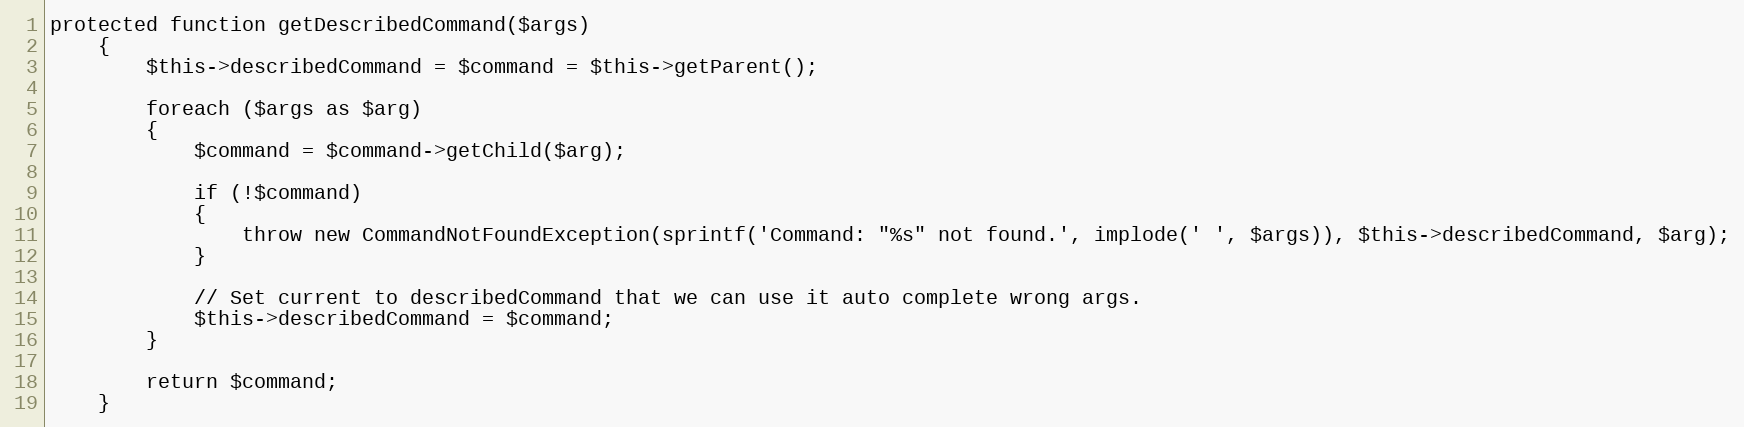
Language: PHP
protected function getDescribedCommand($args)
	{
		$this->describedCommand = $command = $this->getParent();

		foreach ($args as $arg)
		{
			$command = $command->getChild($arg);

			if (!$command)
			{
				throw new CommandNotFoundException(sprintf('Command: "%s" not found.', implode(' ', $args)), $this->describedCommand, $arg);
			}

			// Set current to describedCommand that we can use it auto complete wrong args.
			$this->describedCommand = $command;
		}

		return $command;
	}